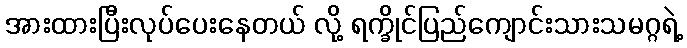
အားထားပြီးလုပ်ပေးနေတယ် လို့ ရက္ခိုင်ပြည်ကျောင်းသားသမဂ္ဂရဲ့